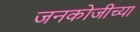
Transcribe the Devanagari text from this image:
जनकोजीच्या